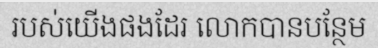
របស់យើងផងដែរ លោកបានបន្ថែម